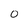
Character: 0